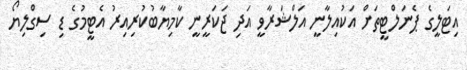
އިޓަލީގެ ޕެނަލްޓީތަށް އަކުއިލާނީ އަލްޝަރާވީ އަދި ޖަކަރީނީ ކާމިޔާބުކުރިއިރު އެޓީމުގެ ޑި ސިގްލިޔޯ